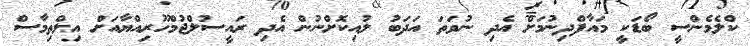
ކްލެމެންސީ ބޯޑަކީ މައާފްދިނުމަށް އެދި ނުވަތަ އަދަބު ލުއިކޮށްނުން އެދި ރައީސުލްޖުމްހޫރިއްޔާއަށް އިލްތިމާސް